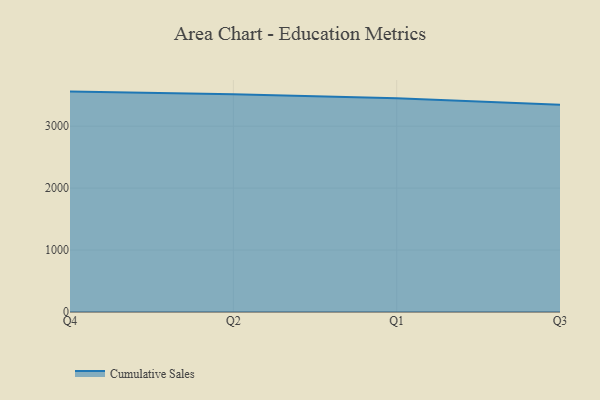
{"axis": {"x": "Quarter", "y": "Market Share (%)"}, "legend": ["Cumulative Sales"], "data": [{"x": "Q4", "y": 3558.4, "type": "Cumulative Sales"}, {"x": "Q2", "y": 3515.9, "type": "Cumulative Sales"}, {"x": "Q1", "y": 3452.1, "type": "Cumulative Sales"}, {"x": "Q3", "y": 3344.7, "type": "Cumulative Sales"}]}